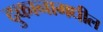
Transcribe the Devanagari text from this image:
दुकानामधील